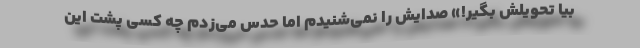
بیا تحویلش بگیر!» صدایش را نمی‌شنیدم اما حدس می‌زدم چه کسی پشت این